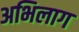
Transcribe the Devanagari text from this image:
अभिलाग